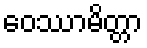
ဝေဿာမိတ္တာ